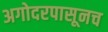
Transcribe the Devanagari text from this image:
अगोदरपासूनच